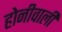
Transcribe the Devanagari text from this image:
होनीवाली